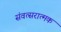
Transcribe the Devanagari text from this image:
संवत्सरात्मक